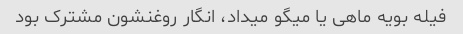
فیله بویه ماهی یا میگو میداد، انگار روغنشون مشترک بود